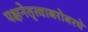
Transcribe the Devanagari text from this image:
पक्षनेतृत्वाबरोबरचे